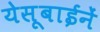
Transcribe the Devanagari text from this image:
येसूबाईनें